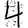
Digit: 4